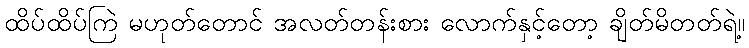
ထိပ်ထိပ်ကြဲ မဟုတ်တောင် အလတ်တန်းစား လောက်နှင့်တော့ ချိတ်မိတတ်ရဲ့။